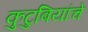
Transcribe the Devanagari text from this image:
कुटुबियांचे